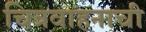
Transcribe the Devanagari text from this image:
चित्रवाहनाची